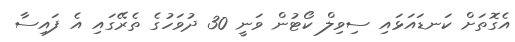
އެގޮތަށް ކަނޑައަޅައި ސިވިލް ކޯޓުން ވަނީ 30 ދުވަހުގެ ތެރޭގައި އެ ފައިސާ